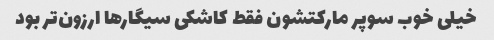
خیلی خوب سوپر مارکتشون فقط کاشکی سیگار‌ها ارزون‌تر بود